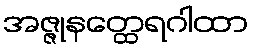
အဇ္ဇုနတ္ထေရဂါထာ